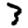
Digit: 3